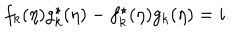
f _ { k } ( \eta ) g _ { k } ^ { \star } ( \eta ) - f _ { k } ^ { \star } ( \eta ) g _ { k } ( \eta ) = i .